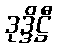
ဒုဒ္ဒိဋ္ဌီ